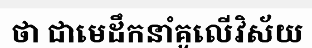
ថា ជាមេដឹកនាំគូលើវិស័យ